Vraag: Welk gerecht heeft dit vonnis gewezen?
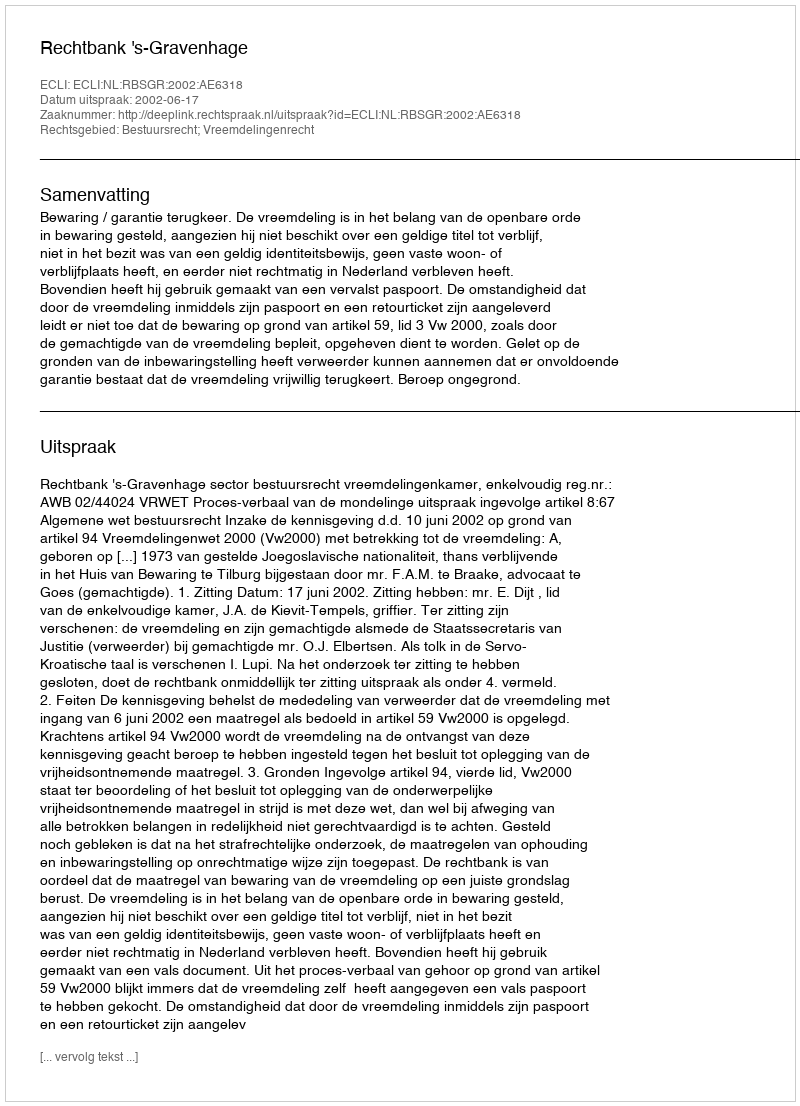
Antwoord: Rechtbank 's-Gravenhage